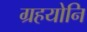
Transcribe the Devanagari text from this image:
ग्रहयोनि